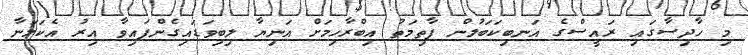
މި ހާދިސާގައި ރައީސްގެ އަނބިކަބަލުން ފާތިމަތު އިބްރާހިމަށް އަނިޔާ ލިބިވަޑައިގެންފައިވާ އިރު އެކަމަނާ